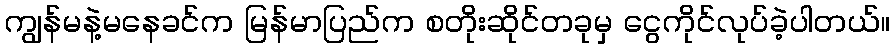
ကျွန်မနဲ့မနေခင်က မြန်မာပြည်က စတိုးဆိုင်တခုမှ ငွေကိုင်လုပ်ခဲ့ပါတယ်။